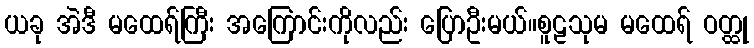
ယခု အဲဒီ မထေရ်ကြီး အကြောင်းကိုလည်း ပြောဦးမယ်။စူဠသုမ မထေရ် ဝတ္ထု